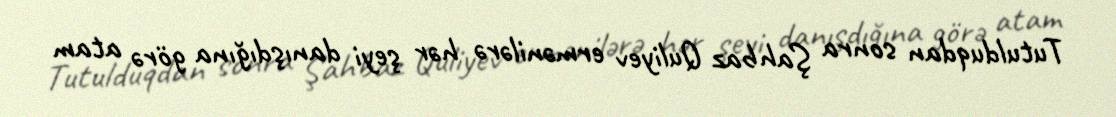
Tutulduqdan sonra Şahbaz Quliyev ermənilərə hər şeyi danışdığına görə atam